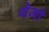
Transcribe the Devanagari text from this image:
थेजो